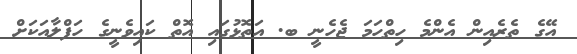
އޭގެ ތެރެއިން އެންމެ ހިތްހަމަ ޖެހެނީ ބ. އަތޮޅުގައި އޮތް ކައިވެނީގެ ހަފްލާއަކަށް